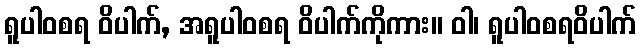
ရူပါဝစရ ဝိပါက်, အရူပါဝစရ ဝိပါက်ကိုကား။ ဝါ၊ ရူပါဝစရဝိပါက်